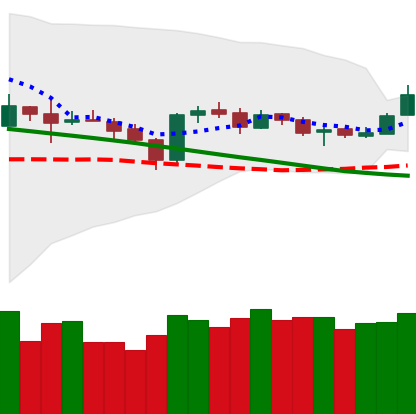
Ticker: ETH-USD
Chart end date: 2019-03-16
Forward return: -4.047%
Label: down_3_5